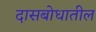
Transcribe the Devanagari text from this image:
दासबोधातील